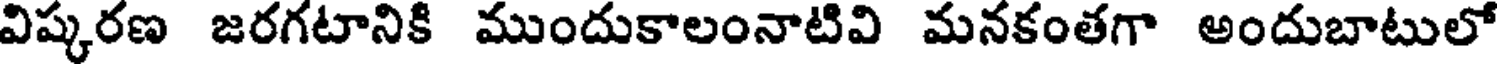
విష్కరణ జరగటానికి ముందుకాలంనాటివి మనకంతగా అందుబాటులో